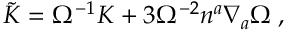
\tilde { K } = \Omega ^ { - 1 } K + 3 \Omega ^ { - 2 } n ^ { a } \nabla _ { a } \Omega \; ,